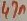
Text: 47n